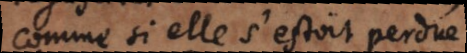
comme si elle s’estoit perdue